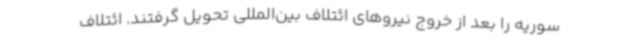
سوریه را بعد از خروج نیروهای ائتلاف بین‌المللی تحویل گرفتند. ائتلاف